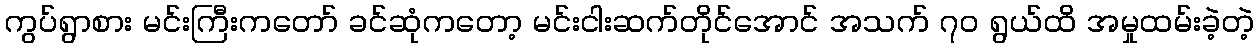
ကွပ်ရွာစား မင်းကြီးကတော် ခင်ဆုံကတော့ မင်းငါးဆက်တိုင်အောင် အသက် ၇၀ ရွယ်ထိ အမှုထမ်းခဲ့တဲ့